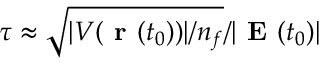
\tau \approx \sqrt { | V ( { \textbf { r } } ( t _ { 0 } ) ) | / n _ { f } } / | \textbf { E } ( t _ { 0 } ) |